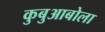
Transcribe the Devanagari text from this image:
कुबुआबोला